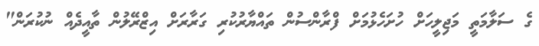
ގެ ސަލާމަތީ މަޖިލީހަށް ހުށަހެޅުމަށް ފްރާންސުން ތައްޔާރުކުރި ގަރާރަށް އިޒްރޭލުން ތާއީދެއް ނުކުރަން"